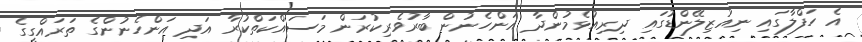
އެ ހަފްލާގައި ނިއުޒިލޭންޑުގައި ދިރިއުޅެމުންދާ އަންހެނުން ބާރުވެރިކުރަން މަސައްކަތްކުރާ އަދި އަންހެނުންގެ ތަރައްގީގެ